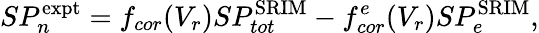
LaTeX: SP_{n}^{\mathrm{expt}}=f_{cor}(V_{r})SP_{tot}^{\mathrm{SRIM}}-f_{cor}^{e}(V_{r})SP_{e}^{\mathrm{SRIM}},